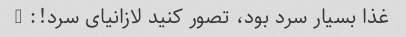
غذا بسیار سرد بود، تصور کنید لازانیای سرد!: (